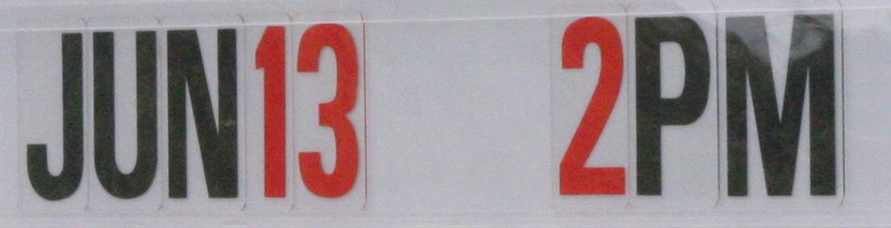
JUN13 2PM